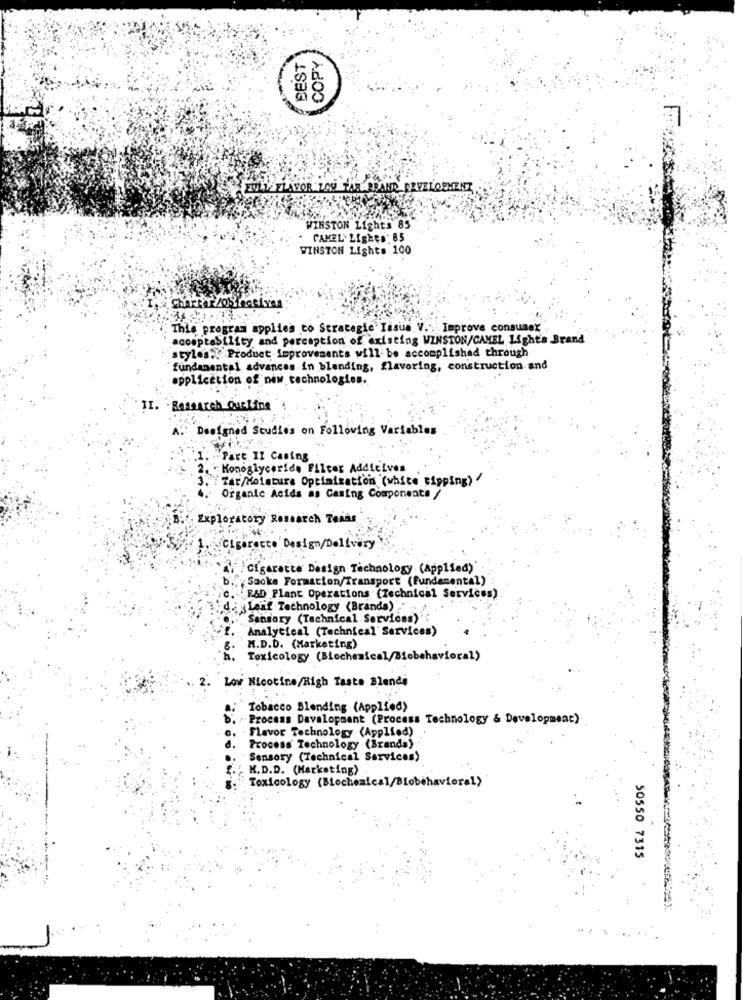
COPY
EEST
FLAVOR LAU TAR ARAND DEVELOPMENT
WINSTON Light# 85
CAMEL LigHes: 85
WINSTON Lights 100
This program applies to Strategie Issus. V .: Improve consumex
acceptability and perception of existing WINSTON/CAMEL Light's Brand
styles .. Product improvements will be accomplished through
fundamental advances in blending, flavoring, construction and
application of new technologies.
II. Research Ousting
A. Designed Studies on Following Variables
Part II Casing
Konoglyceride Filter Additives
7 Zar/Moistura Optimization (white tipping) "
Organic Acids as Casing Components
; Exploratory Research Texas
Cigarette Design/Delivery
Cigarette Design Technology (Applied)'
b .,, Saoke Formation/Transport (Fundamental) :
R&D Plant Operations (Technical Services)
Leif Technology (Brands)
Sansary (Technical Services)
Analytical (Technical Services)
M.D.D. (Marketing)
Toxicology (Biochemical/Biobehavioral)
Low Nicotine/High Taste Blende
Tobacco Blending (Applied)
Process Davalopment (Process Technology & Development)
Flavor Technology (Applied)
a .
Process' Technology (Brands)
Sensory (Technical Services)
K. D.D. (Marketing)
Toxicology (Biochemical/Biobehavioral>
50550 7315